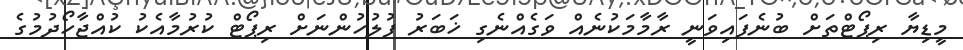
މީޑިޔާ ރިޕޯޓްތަށް ބުނެފައިވަނީ ރާމާމަކުނެއް ވަގެއްނެގި ޚަބަރު ފުލުހުންނަށް ރިޕޯޓް ކުރުމާއެކު ކުއްޖާހޯދުމުގެ